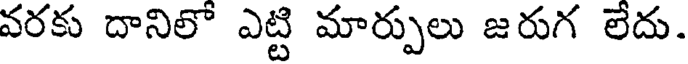
వరకు దానిలో ఎట్టి మార్పులు జరుగ లేదు.